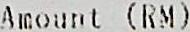
AMOUNT (RM)